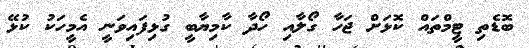
ބޮޑެތި ޓީމްތައް ކޮޅަށް ޖަހާ ގޯލާއި ހޯދާ ކާމިޔާބީ ގުޅިފައިވަނީ އެމީހަކު ކުޅޭ